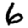
Digit: 6